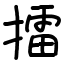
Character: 擂